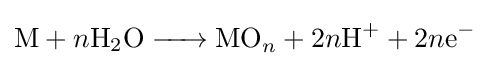
{\ce {M}}+n{\ce {H2O -> MO}}_{n}+2n{\ce {H+}}+2n{\ce {e-}}